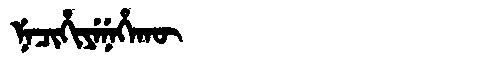
Manchu: ᠨᡝᠴᡳᡥᡳᠶᡝᠨᡝᡥᠠᡴᡡ
Romanization: NECIHIYENEHAKŪ